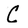
Character: C